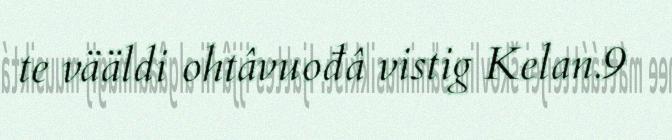
te vääldi ohtâvuođâ vistig Kelan.9